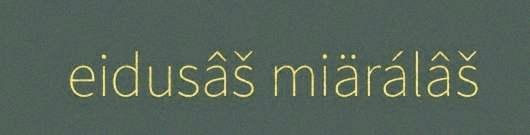
eidusâš miärálâš